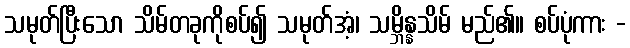
သမုတ်ပြီးသော သိမ်တခုကိုစပ်၍ သမုတ်အံ့၊ သမ္ဘိန္နသိမ် မည်၏။ စပ်ပုံကား -